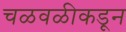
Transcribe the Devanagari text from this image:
चळवळीकडून